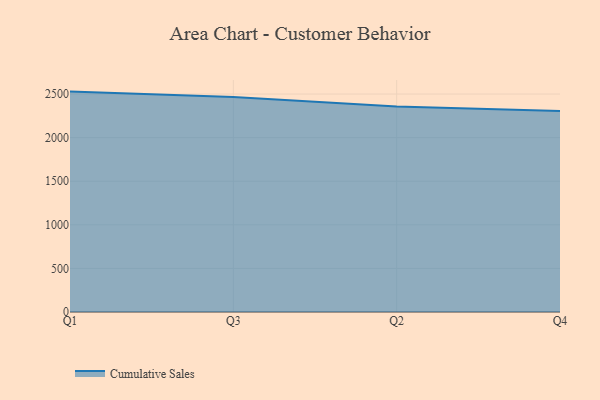
{"axis": {"x": "Quarter", "y": "Gross Profit (USD K)"}, "legend": ["Cumulative Sales"], "data": [{"x": "Q1", "y": 2528.0, "type": "Cumulative Sales"}, {"x": "Q3", "y": 2465.3, "type": "Cumulative Sales"}, {"x": "Q2", "y": 2357.3, "type": "Cumulative Sales"}, {"x": "Q4", "y": 2306.4, "type": "Cumulative Sales"}]}